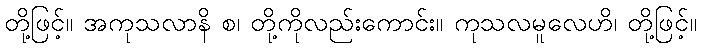
တို့ဖြင့်။ အကုသလာနိ စ၊ တို့ကိုလည်းကောင်း။ ကုသလမူလေဟိ၊ တို့ဖြင့်။